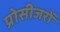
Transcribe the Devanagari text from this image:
प्रोसीजरों